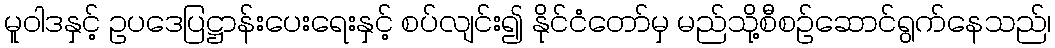
မူဝါဒနှင့် ဥပဒေပြဋ္ဌာန်းပေးရေးနှင့် စပ်လျင်း၍ နိုင်ငံတော်မှ မည်သို့စီစဉ်ဆောင်ရွက်နေသည်၊